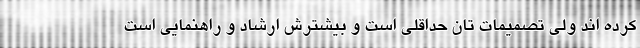
کرده اند ولی تصمیمات تان حداقلی است و بیشترش ارشاد و راهنمایی است